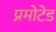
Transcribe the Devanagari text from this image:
प्रमोटेड